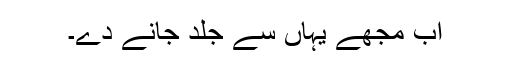
اب مجھے یہاں سے جلد جانے دے۔